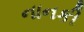
નાનકી